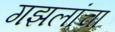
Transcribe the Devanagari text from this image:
गझलांचा